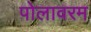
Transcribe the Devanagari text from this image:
पोलावरम